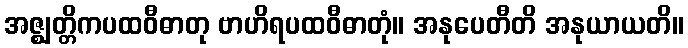
အဇ္ဈတ္တိကပထဝီဓာတု ဗာဟိရပထဝီဓာတုံ။ အနုပေတီတိ အနုယာယတိ။